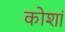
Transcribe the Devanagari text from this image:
कोशां